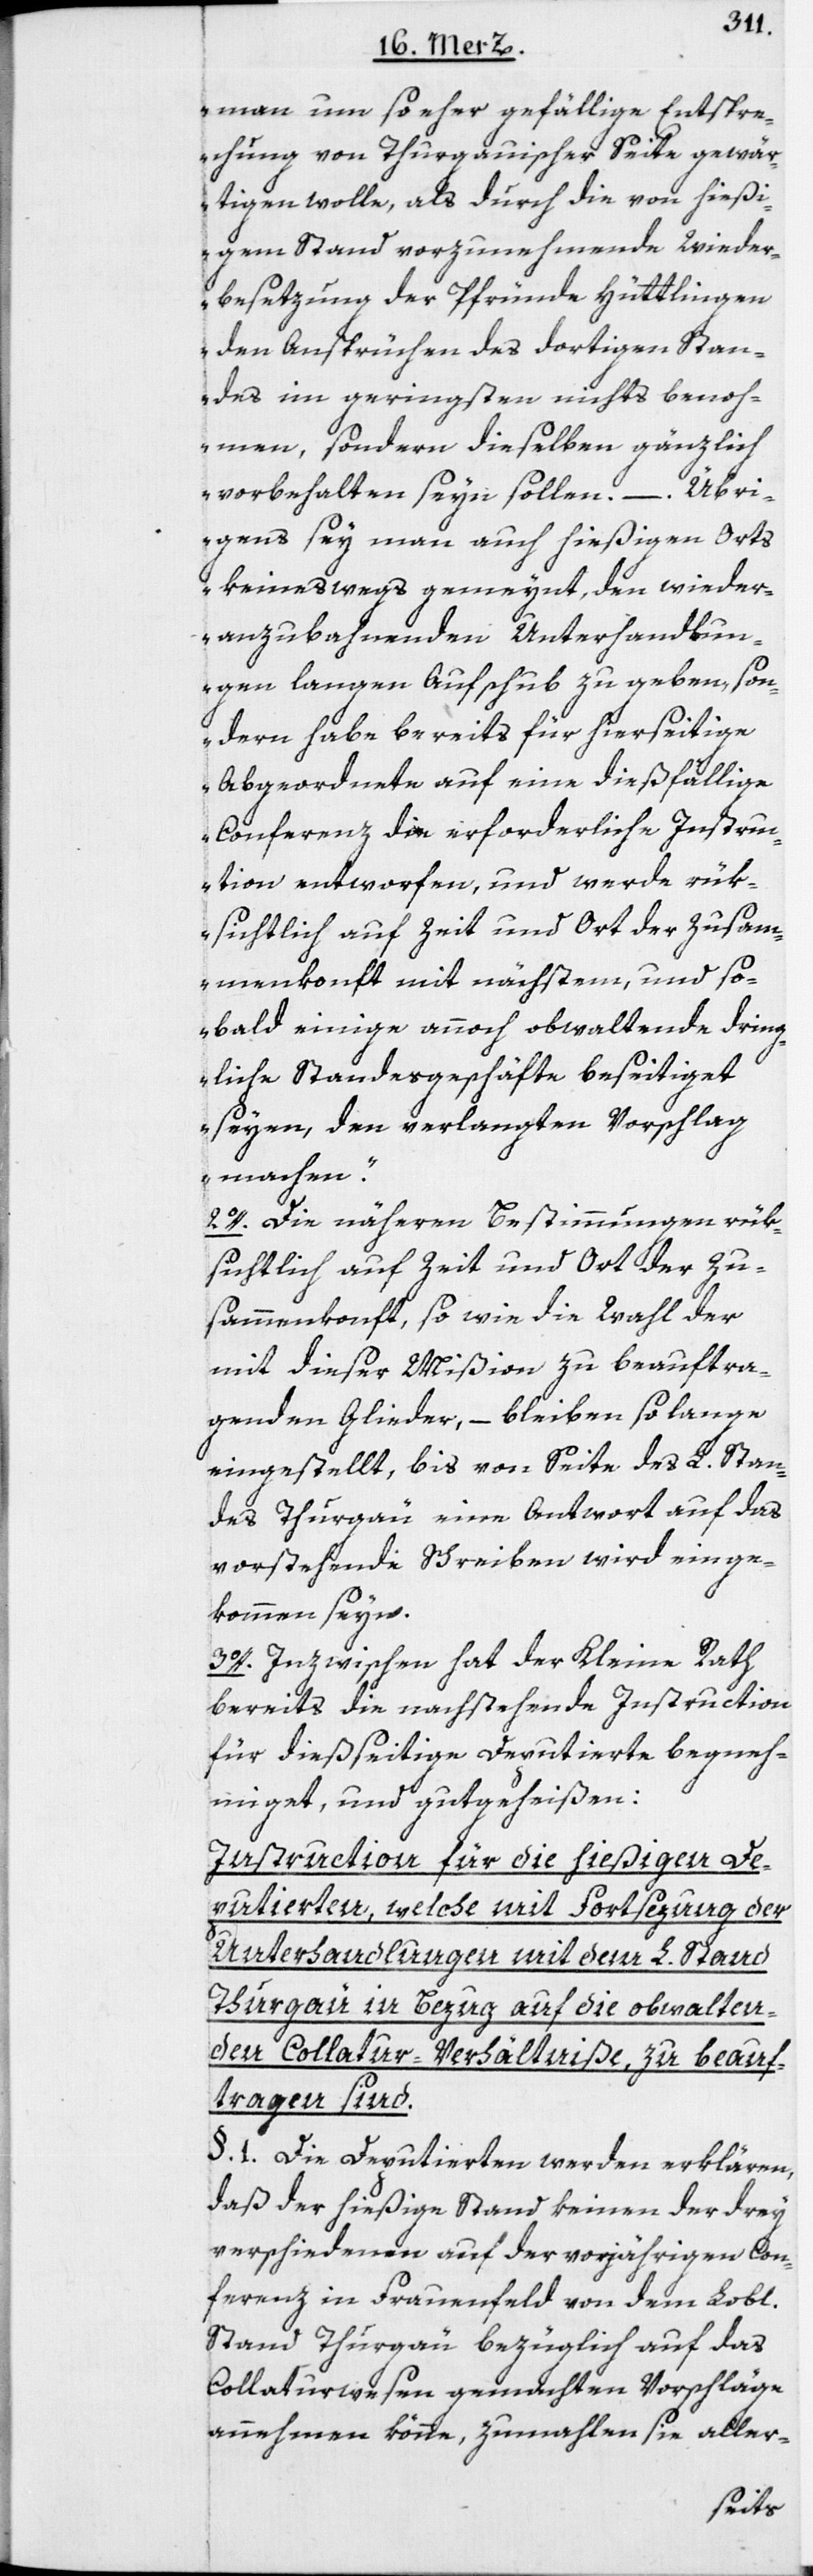
man um so eher gefällige Entspre¬
chung von Thurgauischer Seite gewär¬
tigen wolle, als durch die von hießi¬
gem Stand vorzunehmende Wieder¬
besetzung der Pfründe Hüttlingen
den Ansprüchen des dortigen Stan¬
des im geringsten nichts benoh¬
men, sondern dieselben gänzlich
vorbehalten seyn sollen. – Übri¬
gens sey man auch hießigen Orts
keineswegs gemeynt, den wieder¬
anzubahnenden Unterhandlun¬
gen langen Aufschub zu geben, son¬
dern habe bereits für hierseitige
Abgeordnete auf eine dießfällige
Conferenz die erforderliche Instru¬
ction entworfen, und werde rük¬
sichtlich auf Zeit und Ort der Zusam¬
menkonft mit nächstem, und so¬
bald einige annoch obwaltende dring¬
liche Standesgeschäfte beseitiget
seyen, den verlangten Vorschlag
machen.“
2o. Die näheren Bestimmungen rük¬
sichtlich auf Zeit und Ort der Zu¬
sammenkonft, so wie die Wahl der
mit dieser Mißion zu beauftra¬
genden Glieder, – bleiben so lange
eingestellt, bis von Seite des L. Stan¬
des Thurgau eine Antwort auf das
vorstehende Schreiben wird einge¬
kommen seyn.
3o. Inzwischen hat der Kleine Rath
bereits die nachstehende Instruction
für dießseitige Deputierte begneh¬
miget, und gutgeheißen:
Instruction für die hießigen De¬
putierten, welche mit Fortsezung der
Unterhandlungen mit dem L. Stand
Thurgau in Bezug auf die obwalten¬
den Collatur-Verhältniße, zu beauf¬
tragen sind.
§. 1. Die Deputierten werden erklären,
daß der hießige Stand keinen der drey
verschiedenen auf der vorjährigen Con¬
ferenz in Frauenfeld von dem Lobl.
Stand Thurgau bezüglich auf das
Collaturwesen gemachten Vorschläge
annehmen könne, zumahlen sie aller-